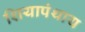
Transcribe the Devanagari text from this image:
शियापंथाय